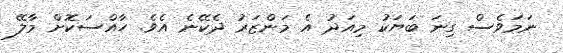
ނަމަވެސް ގިނަ ބަޔަކު މިއަދު އެ މަންޒަރު ދެކޭނެ އެވެ. ހާއްސަކޮށް މާލޭ